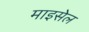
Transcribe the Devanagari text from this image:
माइसेल